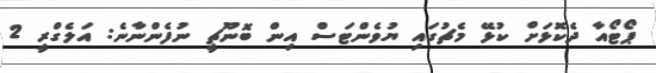
ޕޯޓޯއާ ދެކޮޅަށް ކުޅޭ މެޗުގައި ޔުވެންޓަސް އިން ބޮނޫޗީ ނުފެންނާނެ: އަލެގްރީ 2